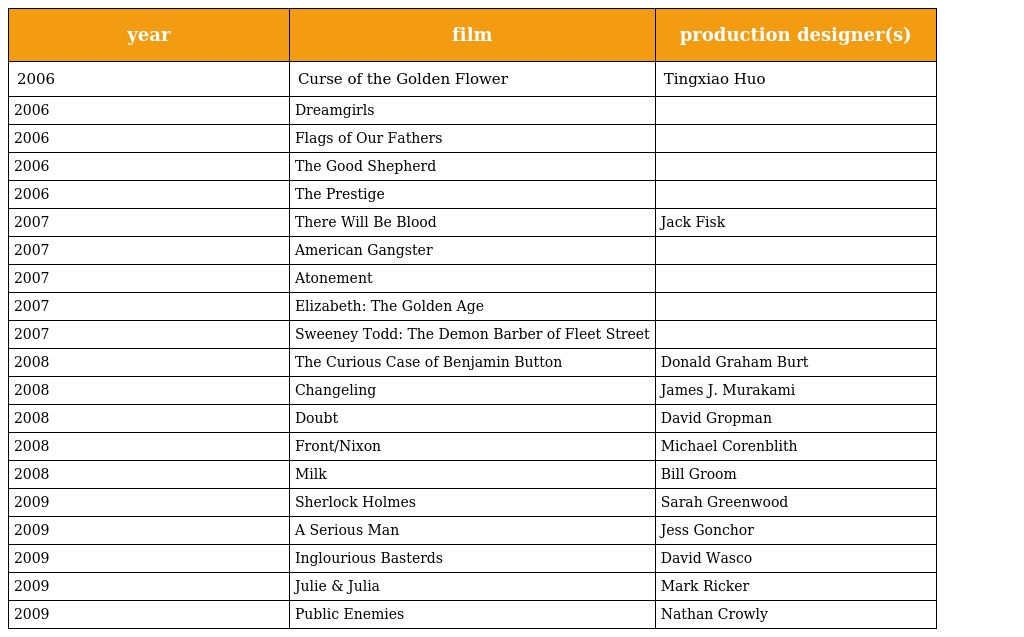
| year | film | production designer(s) |
 | --- | --- | --- |
 | 2006 | Curse of the Golden Flower | Tingxiao Huo |
 | 2006 | Dreamgirls |  |
 | 2006 | Flags of Our Fathers |  |
 | 2006 | The Good Shepherd |  |
 | 2006 | The Prestige |  |
 | 2007 | There Will Be Blood | Jack Fisk |
 | 2007 | American Gangster |  |
 | 2007 | Atonement |  |
 | 2007 | Elizabeth: The Golden Age |  |
 | 2007 | Sweeney Todd: The Demon Barber of Fleet Street |  |
 | 2008 | The Curious Case of Benjamin Button | Donald Graham Burt |
 | 2008 | Changeling | James J. Murakami |
 | 2008 | Doubt | David Gropman |
 | 2008 | Front/Nixon | Michael Corenblith |
 | 2008 | Milk | Bill Groom |
 | 2009 | Sherlock Holmes | Sarah Greenwood |
 | 2009 | A Serious Man | Jess Gonchor |
 | 2009 | Inglourious Basterds | David Wasco |
 | 2009 | Julie & Julia | Mark Ricker |
 | 2009 | Public Enemies | Nathan Crowly |